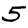
Digit: 5